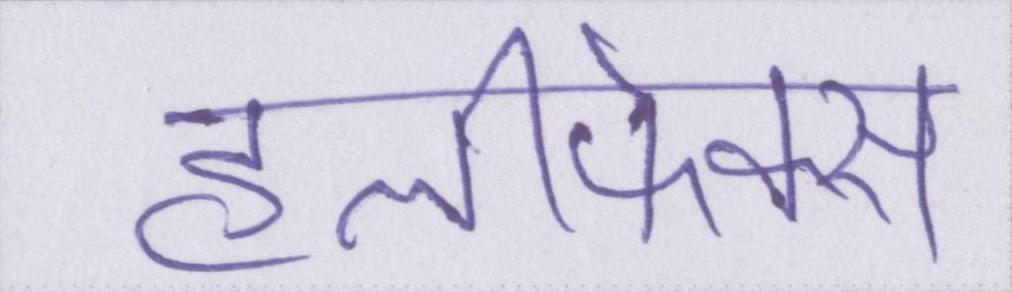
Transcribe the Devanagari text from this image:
हैलीफेक्स